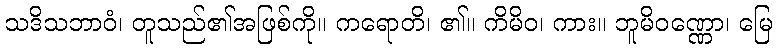
သဒိသဘာဝံ၊ တူသည်၏အဖြစ်ကို။ ကရောတိ၊ ၏။ ကိမိဝ၊ ကား။ ဘူမိဝဏ္ဏော၊ မြေ